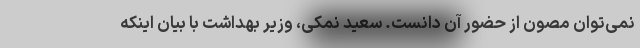
نمی‌توان مصون از حضور آن دانست. سعید نمکی، وزیر بهداشت با بیان اینکه